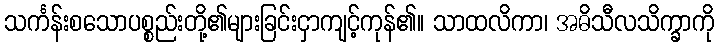
သင်္ကန်းစသောပစ္စည်းတို့၏များခြင်းငှာကျင့်ကုန်၏။ သာထလိကာ၊ အဓိသီလသိက္ခာကို